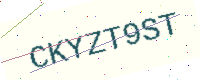
Text: CKYZT9ST